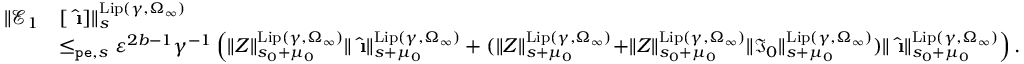
\begin{array} { r l } { \rVert \mathcal { E } _ { 1 } } & { [ \hat { \textbf { \i } } ] \rVert _ { s } ^ { \mathrm { L i p } ( \gamma , \Omega _ { \infty } ) } } \\ & { \le _ { \mathtt { p e } , s } \varepsilon ^ { 2 b - 1 } \gamma ^ { - 1 } \left( \rVert Z \rVert _ { s _ { 0 } + \mu _ { 0 } } ^ { \mathrm { L i p } ( \gamma , \Omega _ { \infty } ) } \rVert \hat { \textbf { \i } } \rVert _ { s + \mu _ { 0 } } ^ { \mathrm { L i p } ( \gamma , \Omega _ { \infty } ) } + ( \rVert Z \rVert _ { s + \mu _ { 0 } } ^ { \mathrm { L i p } ( \gamma , \Omega _ { \infty } ) } + \rVert Z \rVert _ { s _ { 0 } + \mu _ { 0 } } ^ { \mathrm { L i p } ( \gamma , \Omega _ { \infty } ) } \rVert \mathfrak { I } _ { 0 } \rVert _ { s + \mu _ { 0 } } ^ { \mathrm { L i p } ( \gamma , \Omega _ { \infty } ) } ) \rVert \hat { \textbf { \i } } \rVert _ { s _ { 0 } + \mu _ { 0 } } ^ { \mathrm { L i p } ( \gamma , \Omega _ { \infty } ) } \right) . } \end{array}